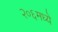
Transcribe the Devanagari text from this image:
२०६मध्ये